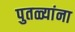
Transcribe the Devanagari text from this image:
पुतळ्यांना